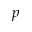
p